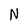
Character: N